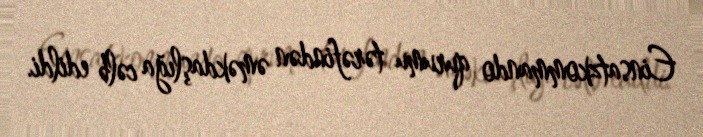
Einsatzkommando qurumu tərəfindən əməkdaşlığa cəlb edildi.